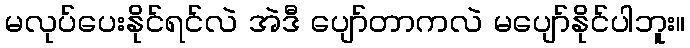
မလုပ်ပေးနိုင်ရင်လဲ အဲဒီ ပျော်တာကလဲ မပျော်နိုင်ပါဘူး။